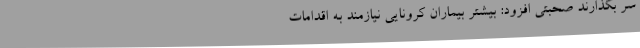
سر بگذارند صحبتی افزود: بیشتر بیماران کرونایی نیازمند به اقدامات